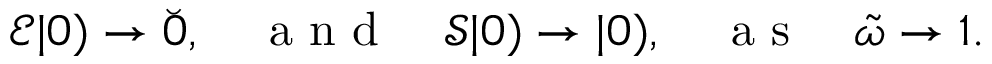
\begin{array} { r } { \mathcal { E } | 0 ) \to \breve { 0 } , \quad \mathrm { ~ a ~ n ~ d ~ } \quad \mathcal { S } | 0 ) \to | 0 ) , \quad \mathrm { ~ a ~ s ~ } \quad \tilde { \omega } \to 1 . } \end{array}